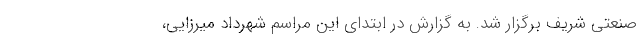
صنعتی شریف برگزار شد. به گزارش در ابتدای این مراسم شهرداد میرزایی،